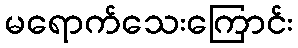
မရောက်သေးကြောင်း